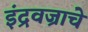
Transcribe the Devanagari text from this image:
इंद्रवज्राचे